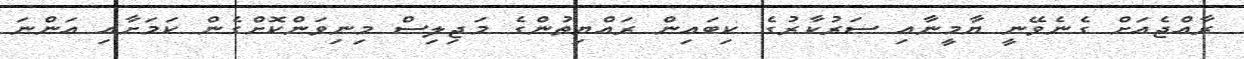
ރާއްޖެއަށް ގެނެވޭނީ ޔާމީނާއި ސަރުކާރުގެ ކިބައިން ރައްޔިތުންގެ މަޖިލިސް މިނިވަންކޮށްގެން ކަމަށާއި އަންނަ